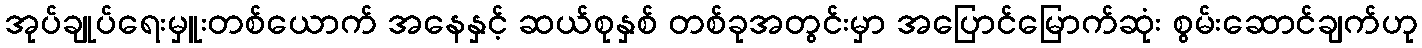
အုပ်ချုပ်ရေးမှူးတစ်ယောက် အနေနှင့် ဆယ်စုနှစ် တစ်ခုအတွင်းမှာ အပြောင်မြောက်ဆုံး စွမ်းဆောင်ချက်ဟု